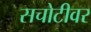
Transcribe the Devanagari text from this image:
सचोटीवर